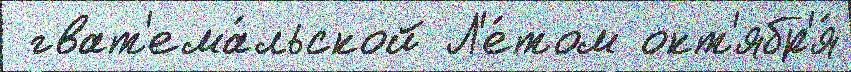
 гват'ема́льской Л'е́том окт'ябр'я́